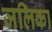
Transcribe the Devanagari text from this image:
जलिका